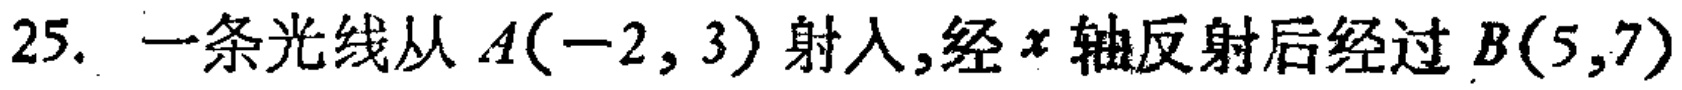
25. 一条光线从\(A(-2,3)\)射入，经\(x\)轴反射后经过\(B(5,7)\)